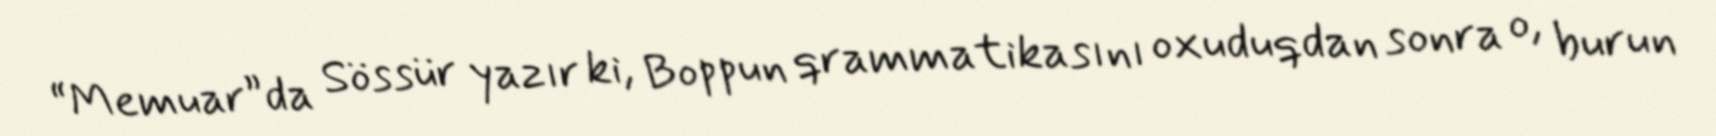
“Memuar”da Sössür yazır ki, Boppun qrammatikasını oxuduqdan sonra o, burun